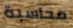
محاسبة